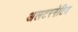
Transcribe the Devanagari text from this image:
अलटरनेटिव